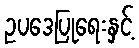
ဥပဒေပြုရေးနှင့်